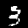
Label: 3